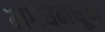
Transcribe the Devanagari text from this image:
मगधमधून